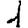
Digit: 1